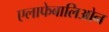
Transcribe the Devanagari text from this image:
एलाफेबालिओन